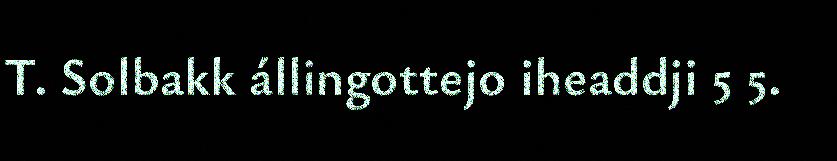
T. Solbakk állingottejo iheaddji 5 5.